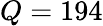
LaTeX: Q=194